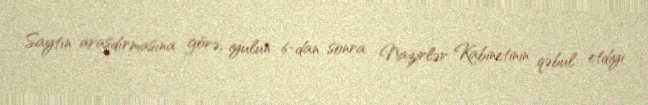
Saytın araşdırmasına görə, iyulun 6-dan sonra Nazirlər Kabinetinin qəbul etdiyi